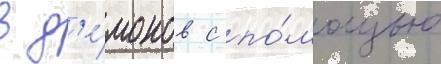
в д'е́монов с по́мощью